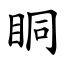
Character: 眮